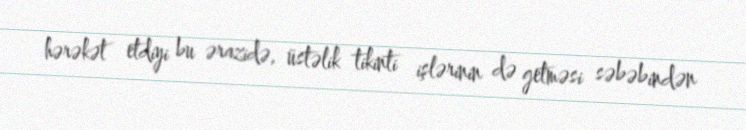
hərəkət etdiyi bu ərazidə, üstəlik tikinti işlərinin də getməsi səbəbindən